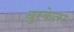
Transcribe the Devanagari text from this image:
बुस्केत्स